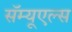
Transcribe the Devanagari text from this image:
सॅम्यूएल्स